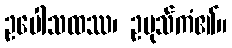
ဥပေါသထဿ၊ ဥပုသ်ကံ၏။